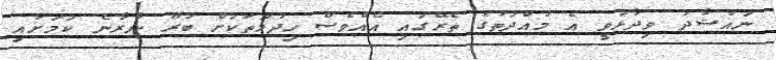
ނައުޝާދު ވިދާޅުވީ އެ މުއްދަތުގެ ތެރޭގައި އެއްވެސް ހިދުމަތަކަށް ބުރޫ ނާރާނެ ކަމަށާއި